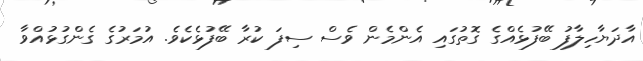
އާދަޔާހިލާފު ބޭފުޅެއްގެ ގޮތުގައި އެންމެން ވެސް ސިފަ ކުރާ ބޭފުޅެކެވެ. އުމަރުގެ ގެންގުޅުއްވާ